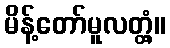
မိန့်တော်မူလတ္တံ့။